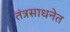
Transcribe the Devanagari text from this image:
तंत्रसाधनेत